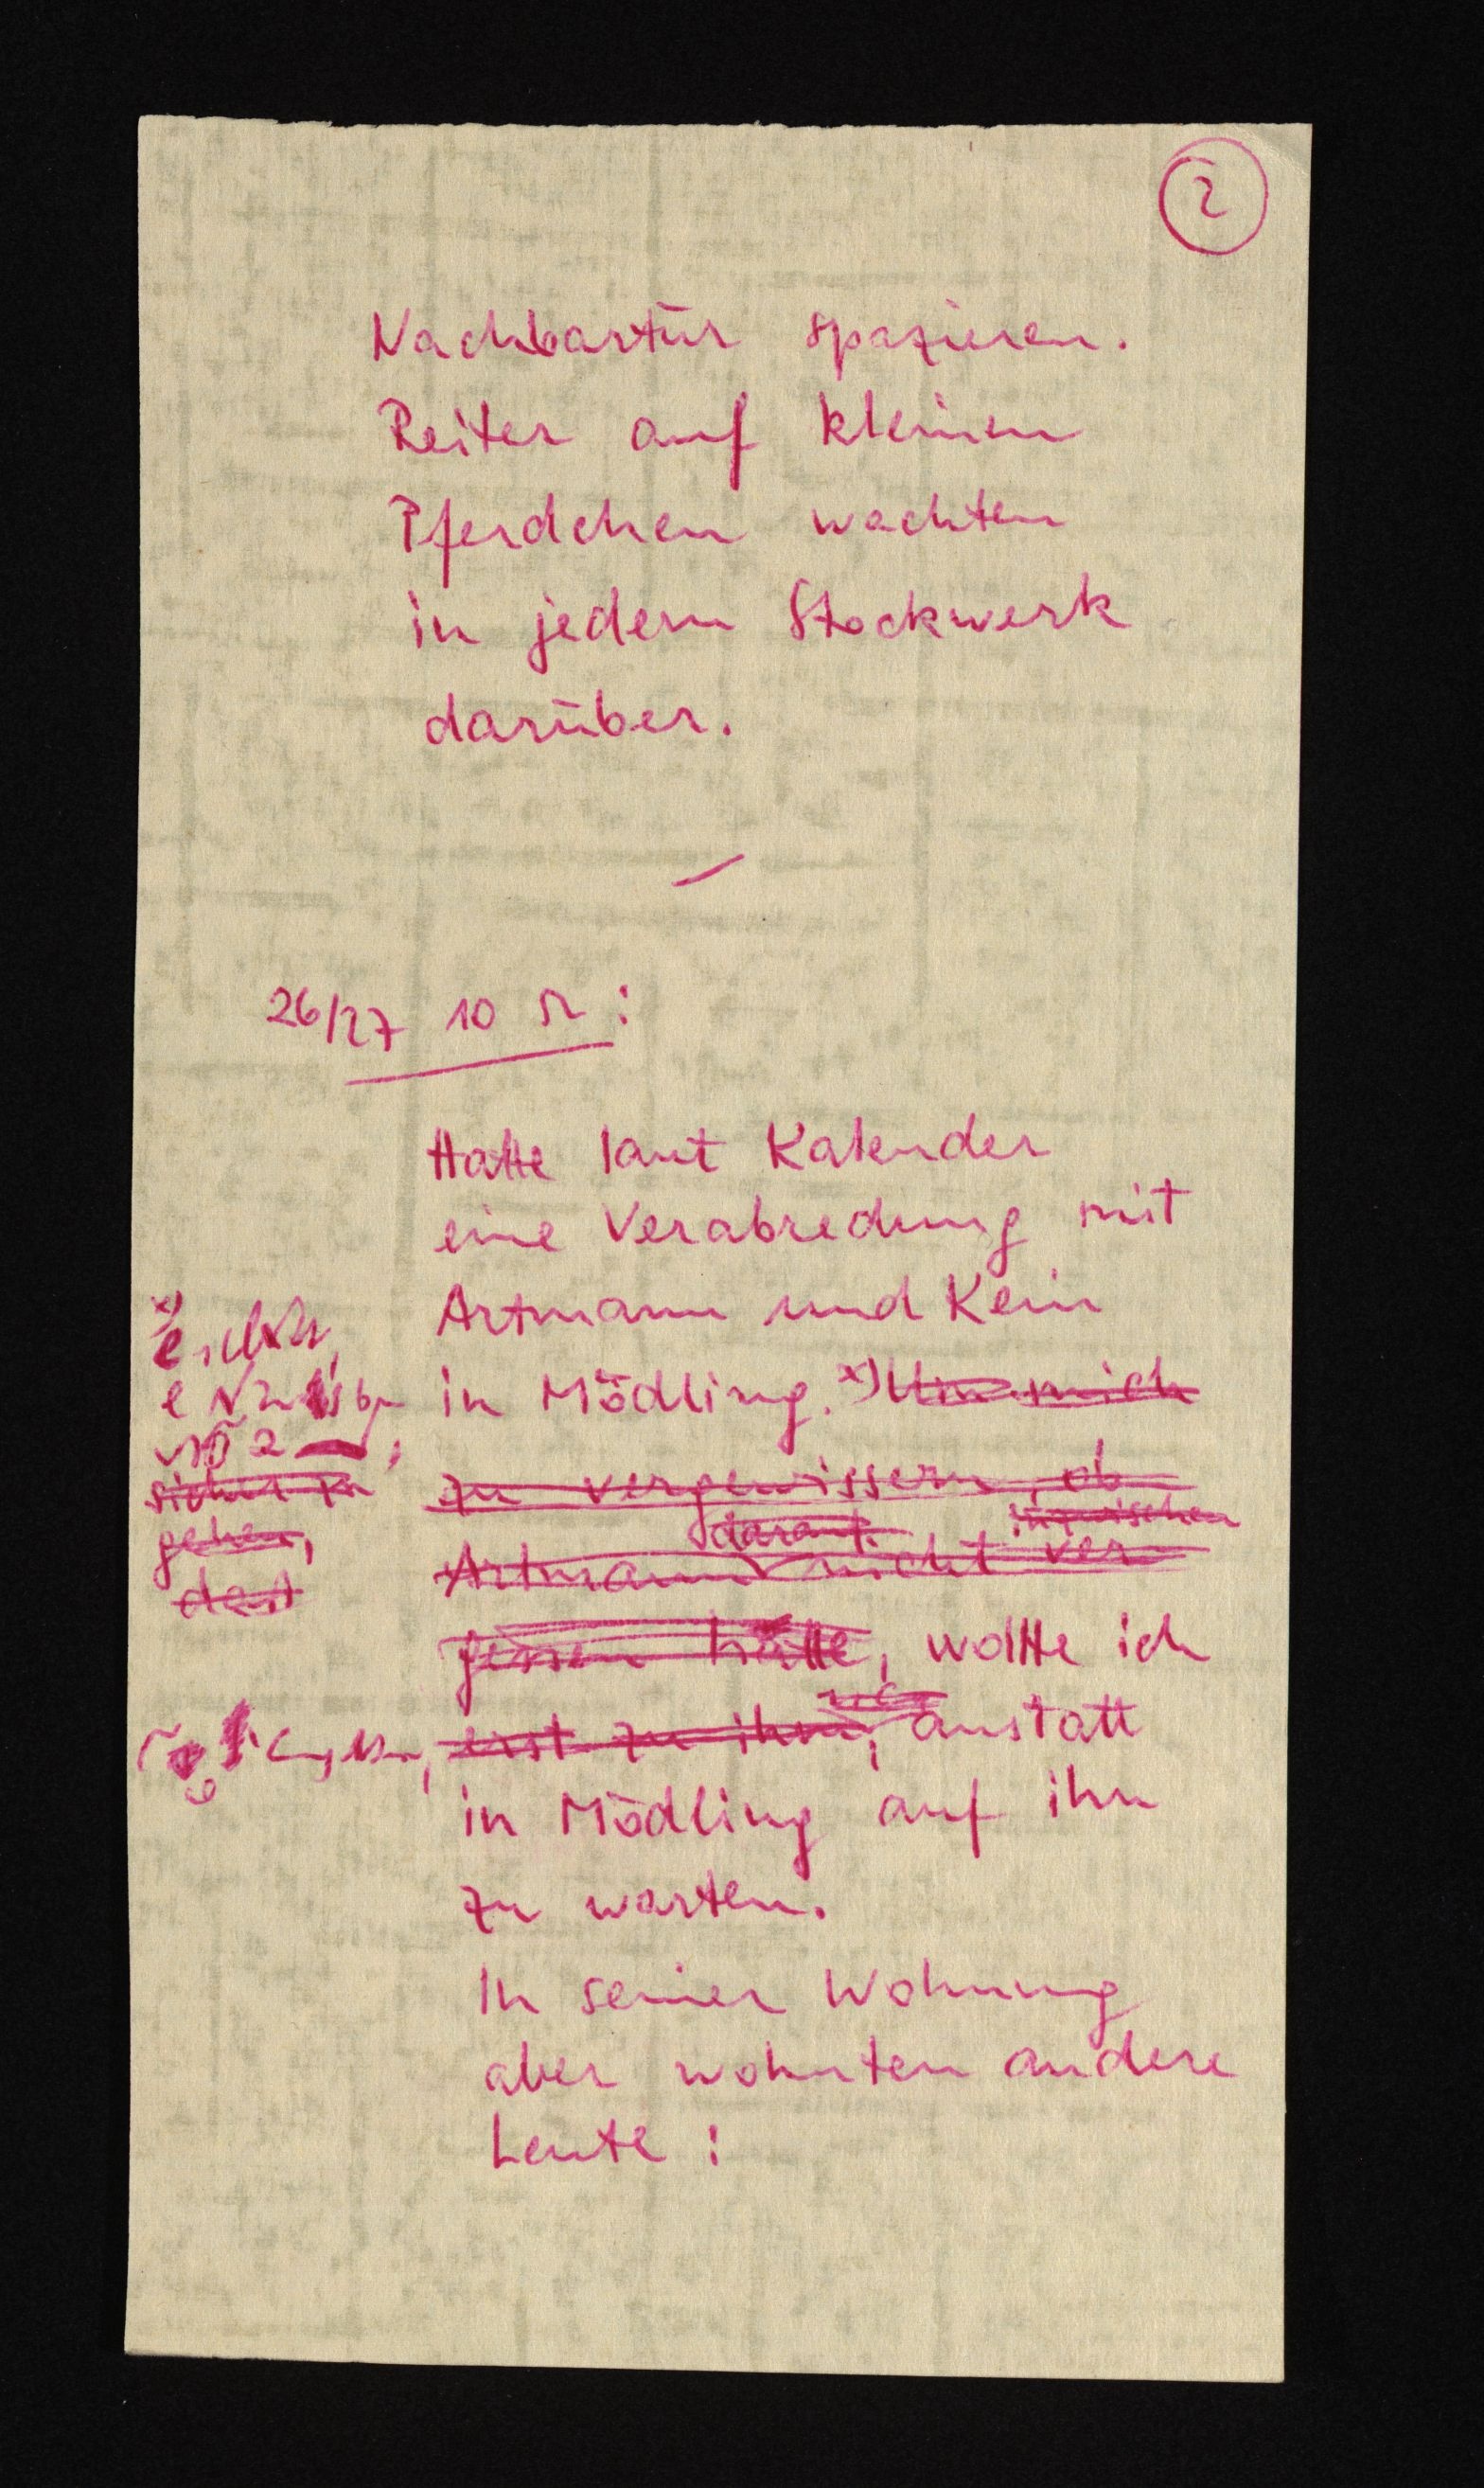
2
Nachbartür spazieren.
Reiter auf kleinen
Pferdchen wachten
in jedem Stockwerk
darüber.
26/27 10 52:
Hatte laut Kalender
eine Verabredung mit
Artmann und Kein
in Mödling. x) x)
zu vergewissern, ob
darauf
inzwischen
Artmann nicht ver¬
gessen häatte, woitte ich
amstatt
in Mödling auf ihn
zu warten.
In seiner Wohnung
aber wohnten andere
Leute:

x)

sicher zu
gehen,
daß